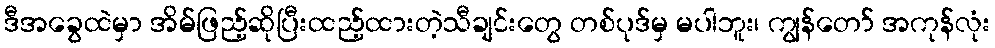
ဒီအခွေထဲမှာ အိမ်ဖြည့်ဆိုပြီးထည့်ထားတဲ့သီချင်းတွေ တစ်ပုဒ်မှ မပါဘူး၊ ကျွန်တော် အကုန်လုံး